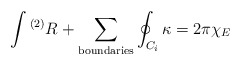
\begin{align*}\int {}^{(2)}R + \sum_{\rm boundaries}\oint_{C_{i}}\kappa = 2\pi\chi_{E}\end{align*}